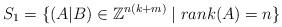
LaTeX: \begin{align*} S_1 = \{ (A|B) \in \mathbb{Z}^{n(k+m)} \mid rank(A)=n \}\end{align*}